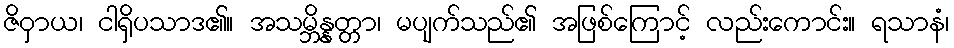
ဇိဝှာယ၊ ငါရှိပသာဒ၏။ အသမ္ဘိန္နတ္တာ၊ မပျက်သည်၏ အဖြစ်ကြောင့် လည်းကောင်း။ ရသာနံ၊